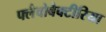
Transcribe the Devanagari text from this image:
फ्लैवोबैक्टीरिया